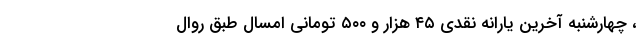
، چهارشنبه آخرین یارانه نقدی ۴۵ هزار و ۵۰۰ تومانی امسال طبق روال